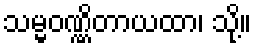
သမ္မဝဏ္ဏိတာယထာ၊ သို့။